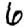
Digit: 6